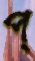
প্